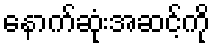
နောက်ဆုံးအဆင့်ကို